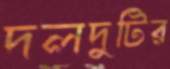
দলদুটির